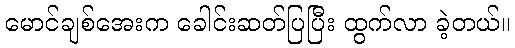
မောင်ချစ်အေးက ခေါင်းဆတ်ပြပြီး ထွက်လာ ခဲ့တယ်။